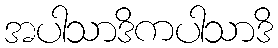
အပါသာဒိကပါသာဒိ